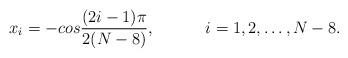
LaTeX: \begin{align*}x_i=-cos{(2i-1)\pi \over 2(N-8)},\hspace{.5in} i = 1, 2, \dots, N-8.\end{align*}